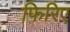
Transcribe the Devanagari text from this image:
फिरिए